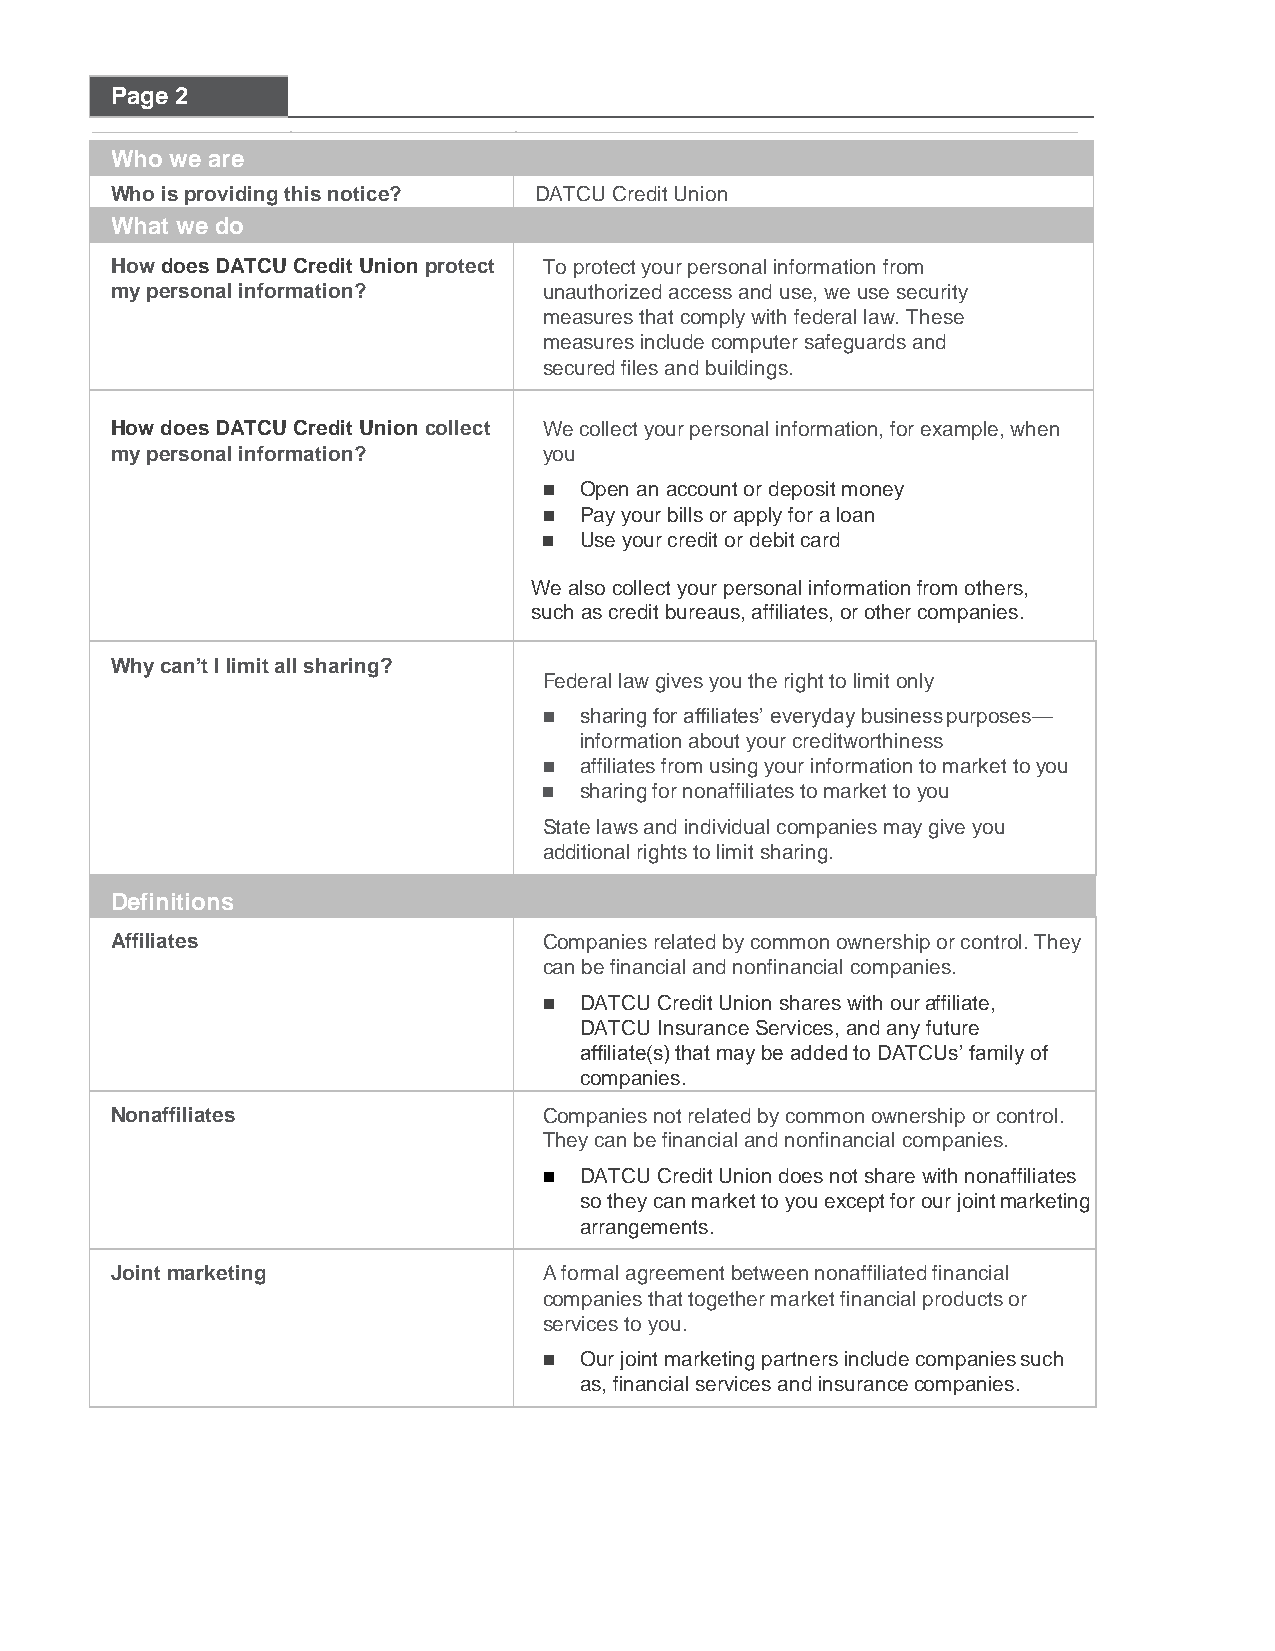
Page 2
 Who we are
 Who is providing this notice? DATCU Credit Union
 What we do
 How does DATCU Credit Union protect To protect your personal information from
 my personal information?     unauthorized access and use, we use security
 measures that comply with federal law. These
 measures include computer safeguards and
 secured files and buildings.
 How does DATCU Credit Union collect We collect your personal information, for example, when
 my personal information?     you
  Open an account or deposit money
  Pay your bills or apply for a loan
  Use your credit or debit card
 We also collect your personal information from others,
 such as credit bureaus, affiliates, or other companies.
 Why can’t I limit all sharing?
 Federal law gives you the right to limit only
  sharing for affiliates’ everyday business purposes—
 information about your creditworthiness
  affiliates from using your information to market to you
  sharing for nonaffiliates to market to you
 State laws and individual companies may give you
 additional rights to limit sharing.
 Definitions
 Affiliates                   Companies related by common ownership or control. They
 can be financial and nonfinancial companies.
  DATCU Credit Union shares with our affiliate,
 DATCU Insurance Services, and any future
 affiliate(s) that may be added to DATCUs’ family of
 companies.
 Nonaffiliates                Companies not related by common ownership or control.
 They can be financial and nonfinancial companies.
  DATCU Credit Union does not share with nonaffiliates
 so they can market to you except for our joint marketing
 arrangements.
 Joint marketing              A formal agreement between nonaffiliated financial
 companies that together market financial products or
 services to you.
  Our joint marketing partners include companies such
 as, financial services and insurance companies.